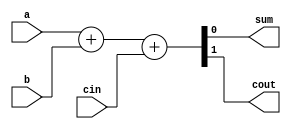
`timescale 1ns / 1ps
//////////////////////////////////////////////////////////////////////////////////
// Company: 
// Engineer: 
// 
// Design Name: 
// Module Name: Verilog
// Project Name: 
// Target Devices: 
// Tool Versions: 
// Description: 
// 
// Dependencies: 
// 
// Revision:
// Revision 0.01 - File Created
// Additional Comments:
// 
//////////////////////////////////////////////////////////////////////////////////


module FA_1bit(
input a, 
input b, 
input cin, 
output sum,
output cout);

assign {cout, sum} = a+b+cin;

endmodule

module FA_4_1bit(
input [3:0]a, 
input [3:0]b,
input cin,
output [3:0]sum,
output cout);
wire c1, c2, c3;
FA_1bit FA1(a[0], b[0], cin, sum[0], c1);
FA_1bit FA2(a[1], b[1], c1, sum[1], c2);
FA_1bit FA3(a[2], b[2], c2, sum[2], c3);
FA_1bit FA4(a[3], b[3], c3, sum[3], cout);
endmodule